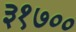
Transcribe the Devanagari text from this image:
३१७००